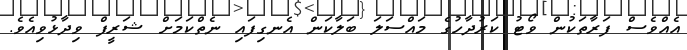
އެެއްވެސް ފަރާތަކުން ވޯޓު ކަރުދާހުގެ މައްސަލަ ބަލާކަން އެނގިފައި ނެތްކަމަށް ޝަރީފް ވިދާޅުވިއެވެ.